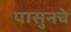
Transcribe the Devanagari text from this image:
पासुनचे